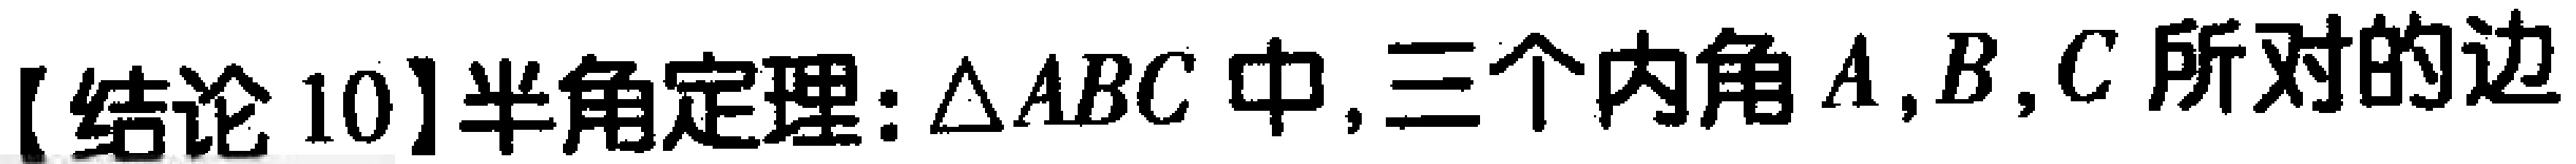
【结论10】半角定理：$\triangle ABC$ 中,三个内角 $A,B,C$ 所对的边